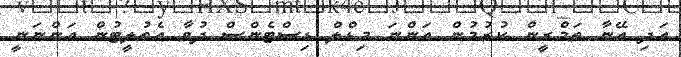
އަދި އޭނާ ތަމްރީން ކުރުމުން އަންނަ މިޑްލް ޑިސްޓެންސް ދުވާ އެތުލީޓުން އަންނަނީ